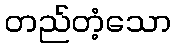
တည်တံ့သော